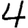
Digit: 4